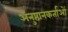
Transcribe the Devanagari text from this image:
अनुष्ठानकर्ताओं